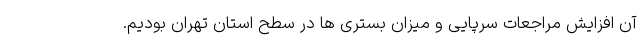
آن افزایش مراجعات سرپایی و میزان بستری ها در سطح استان تهران بودیم.